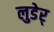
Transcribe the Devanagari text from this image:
लुडेर्